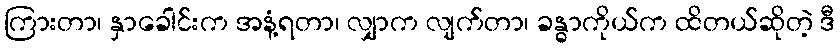
ကြားတာ၊ နှာခေါင်းက အနံ့ရတာ၊ လျှာက လျက်တာ၊ ခန္ဓာကိုယ်က ထိတယ်ဆိုတဲ့ ဒီ